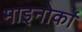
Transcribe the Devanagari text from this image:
माइनोर्का